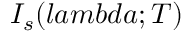
I _ { s } ( l a m b d a ; T )